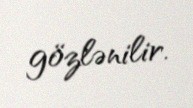
gözlənilir.